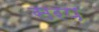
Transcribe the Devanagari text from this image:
सरप